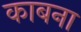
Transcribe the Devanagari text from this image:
काबना